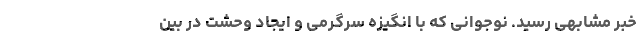
خبر مشابهی رسید. نوجوانی که با انگیزه سرگرمی و ایجاد وحشت در بین